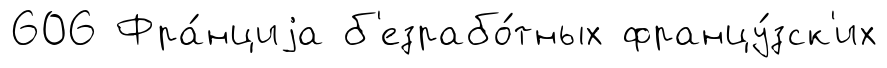
606 Фра́нциjа б'езрабо́тных францу́зск'их